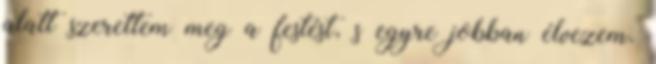
alatt szerettem meg a festést, s egyre jobban élvezem.